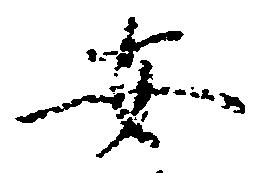
安